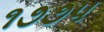
૧૭૭પ